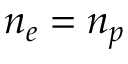
n _ { e } = n _ { p }